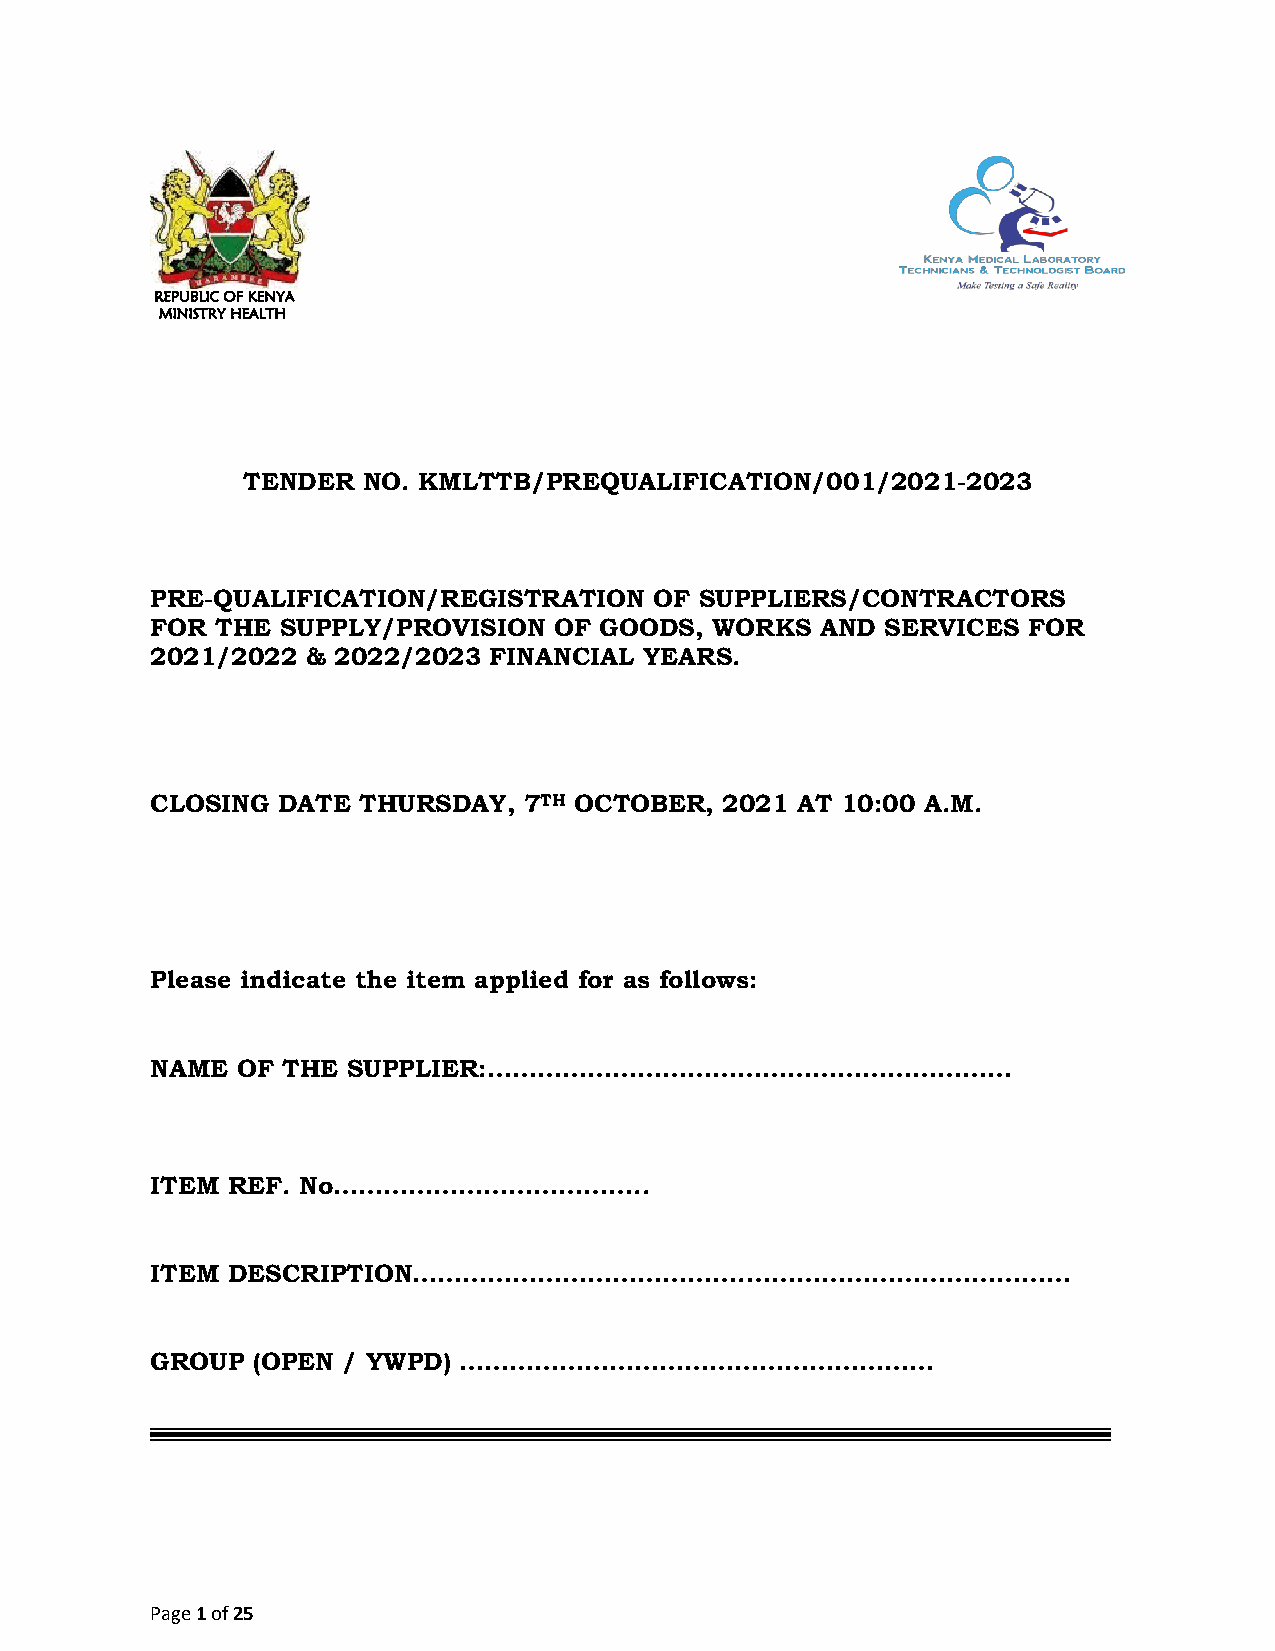
REPUBLIC OF KENYA
 MINISTRY HEALTH
 TENDER  NO. KMLTTB/PREQUALIFICATION/001/2021-2023
 PRE-QUALIFICATION/REGISTRATION   OF SUPPLIERS/CONTRACTORS
 FOR THE  SUPPLY/PROVISION  OF GOODS, WORKS  AND  SERVICES FOR
 2021/2022 & 2022/2023 FINANCIAL  YEARS.
 CLOSING DATE  THURSDAY,  7TH OCTOBER, 2021 AT 10:00 A.M.
 Please indicate the item applied for as follows:
 NAME  OF THE SUPPLIER:………………………………………………………
 ITEM REF. No………………………………..
 ITEM DESCRIPTION………………………………….…………………………………
 GROUP  (OPEN / YWPD) …………………………………………………
 Page 1 of 25